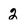
Character: 2